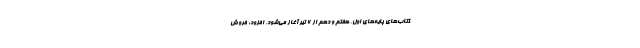
کتاب‌های پایه‌های اول، هفتم و دهم از ۶ تیر آغاز می‌شود، افزود: فروش